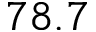
7 8 . 7